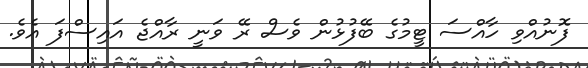
ފޮނުއްވި ހާއްސަ ޓީމުގެ ބޭފުޅުން ވެސް ރޭ ވަނީ ރާއްޖެ އައިސްފަ އެވެ.